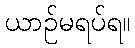
ယာဉ်မရပ်ရ။